Annual report of the Punjab Veterinary College and of the Civil Veterinary Department, Punjab - 1920-1925
Year: 1920
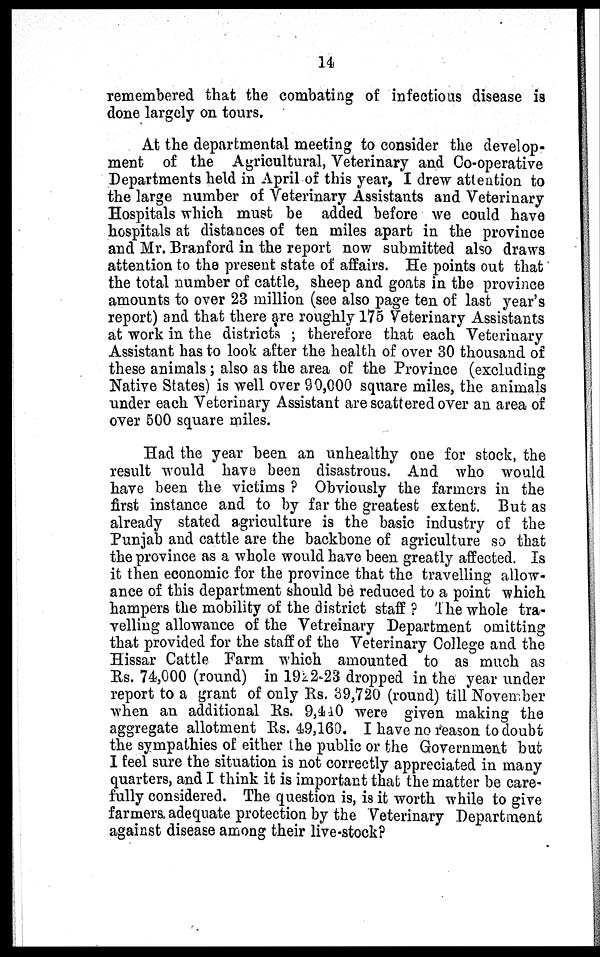
14
remembered that the combating of infectious disease is
done largely on tours.
At the departmental meeting to consider the develop-
ment of the Agricultural, Veterinary and Co-operative
Departments held in April of this year, I drew attention to
the large number of Veterinary Assistants and Veterinary
Hospitals which must be added before we could have
hospitals at distances of ten miles apart in the province
and Mr. Branford in the report now submitted also draws
attention to the present state of affairs. He points out that
the total number of cattle, sheep and goats in the province
amounts to over 23 million (see also page ten of last year's
report) and that there are roughly 175 Veterinary Assistants
at work in the districts ; therefore that each Veterinary
Assistant has to look after the health of over 30 thousand of
these animals ; also as the area of the Province (excluding
Native States) is well over 90,000 square miles, the animals
under each Veterinary Assistant are scattered over an area of
over 500 square miles.
Had the year been an unhealthy one for stock, the
result would have been disastrous. And who would
have been the victims? Obviously the farmers in the
first instance and to by far the greatest extent. But as
already stated agriculture is the basic industry of the
Punjab and cattle are the backbone of agriculture so that
the province as a whole would have been greatly affected. Is
it then economic for the province that the travelling allow-
ance of this department should be reduced to a point which
hampers the mobility of the district staff ? The whole tra-
velling allowance of the Vetreinary Department omitting
that provided for the staff of the Veterinary College and the
Hissar Cattle Farm which amounted to as much as
Rs. 74,000 (round) in 1922-23 dropped in the year under
report to a grant of only Rs. 89,720 (round) till November
when an additional Rs. 9,440 were given making the
aggregate allotment Rs. 49,160. I have no reason to doubt
the sympathies of either the public or the Government but
I feel sure the situation is not correctly appreciated in many
quarters, and I think it is important that the matter be care-
fully considered. The question is, is it worth while to give
farmers adequate protection by the Veterinary Department
against disease among their live-stock?